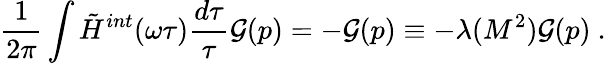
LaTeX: \frac{1}{2\pi}\int\tilde{H}^{int}(\omega\tau)\frac{d\tau}{\tau}{\cal G}(p)=-{\cal G}(p)\equiv-\lambda(M^{2}){\cal G}(p)\ .